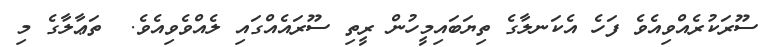
ސޫރަކުރެއްވިއެވެ ފަހެ އެކަނލާގެ ތިޔަބައިމީހުން ރީތި ސޫރައެއްގައި ލެއްވެވިއެވެ.  ތަޢާލާގެ މި